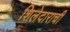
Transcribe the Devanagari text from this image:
शिलेदाराची